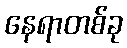
နေရာတစ်ခု